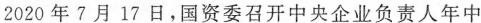
2020年7月17日，国资委召开中央企业负责人年中